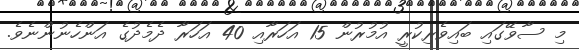
މި ސާވޭގައި ބައިވެރިކުރީ އުމުރުން 15 އަހަރާއި 40 އަހަރާ ދެމެދުގެ އަންހެނުންނެވެ.